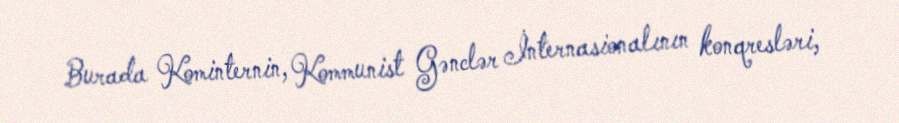
Burada Kominternin, Kommunist Gənclər İnternasionalının konqresləri,